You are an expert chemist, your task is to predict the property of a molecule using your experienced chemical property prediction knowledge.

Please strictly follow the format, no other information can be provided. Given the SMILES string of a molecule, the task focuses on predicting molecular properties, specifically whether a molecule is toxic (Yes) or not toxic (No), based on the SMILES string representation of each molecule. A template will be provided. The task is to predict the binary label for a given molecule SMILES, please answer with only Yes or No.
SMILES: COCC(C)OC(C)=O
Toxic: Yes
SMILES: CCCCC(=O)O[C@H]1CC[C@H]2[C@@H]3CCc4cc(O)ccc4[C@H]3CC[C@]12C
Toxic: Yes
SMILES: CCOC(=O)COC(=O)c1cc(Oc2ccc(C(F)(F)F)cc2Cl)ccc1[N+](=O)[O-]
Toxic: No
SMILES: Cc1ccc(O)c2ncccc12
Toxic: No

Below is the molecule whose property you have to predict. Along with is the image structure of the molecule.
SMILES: Cc1ccccc1C
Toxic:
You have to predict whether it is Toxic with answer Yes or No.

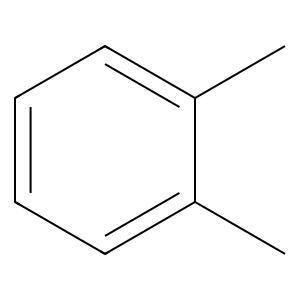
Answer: No